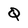
Character: Q